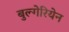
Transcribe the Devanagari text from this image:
बुल्गेरियेन